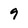
Character: 9